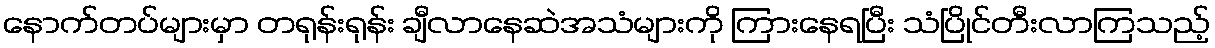
နောက်တပ်များမှာ တရုန်းရုန်း ချီလာနေဆဲအသံများကို ကြားနေရပြီး သံပြိုင်တီးလာကြသည့်